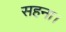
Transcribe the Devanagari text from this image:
सहना।